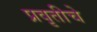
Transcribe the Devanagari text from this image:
प्रवृतीचे